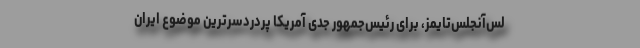
لس‌آنجلس‌تایمز، برای رئیس‌جمهور جدی آمریکا پردردسرترین موضوع ایران